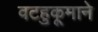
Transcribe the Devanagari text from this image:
वटहुकूमाने